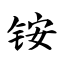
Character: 铵